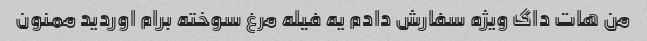
من هات داگ ویژه سفارش دادم یه فیله مرغ سوخته برام اوردید ممنون